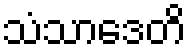
သံသာဒေတိ